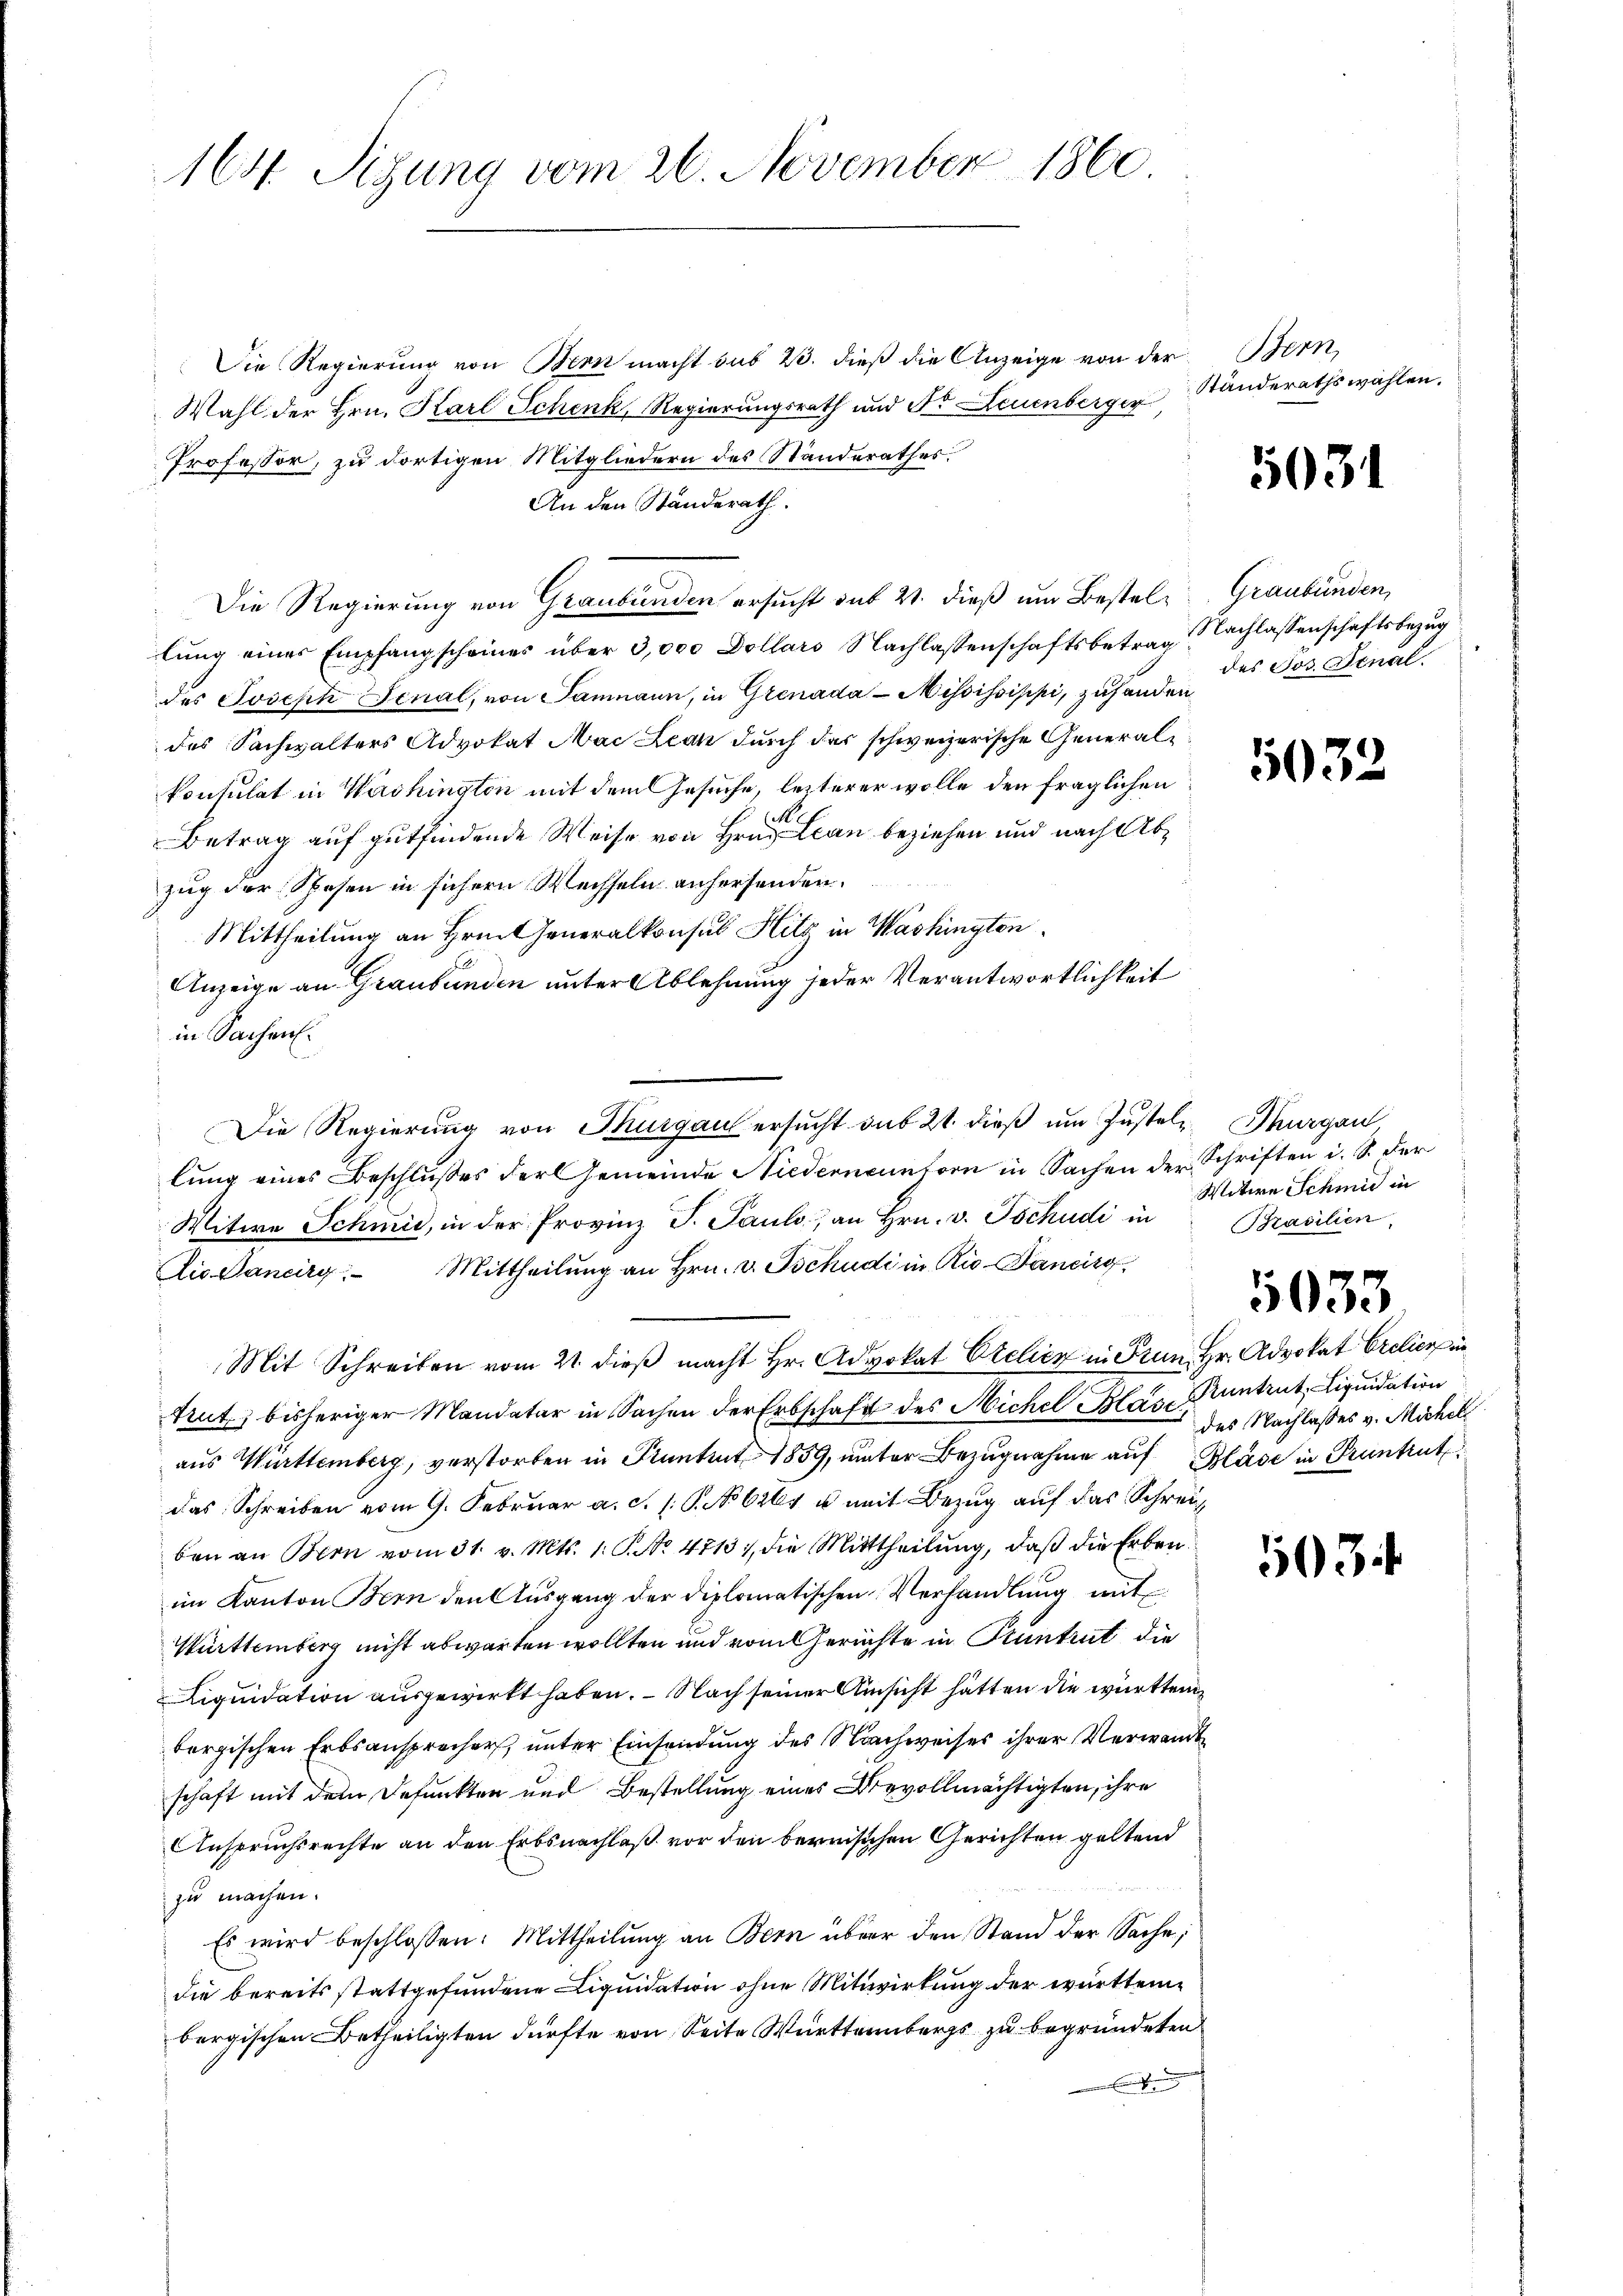
164. Sigung vom 26. November 1860.

Die Regierung von Bern macht sub 23. dieß die Anzeige von der Bern,
Wahl der Hrn. Karl Schenk, Regierungsrath und Dr. Leuenberger
Professor, zu dortigen Mitgliedern des Standerathes.
An den Standerath.
Die Regierung von Graubünden ersucht sub 21. dieß um Bestellung eines Empfangscheines über 3,000 Dollars Nachlassenschaftsbetrag Nachlassenschaftsbezug
des Joseph Jenal, von Baumann, in Grenada - Mississippi, zuhanden
des Sachwalters Advokat Mac Leak durch der schweizerische Generale
konsulat in Washingten mit dem Gesuche, letzterer wolle den fraglichen
M
Betrag auf gutfindende Weise von Hrn. Lean beziehen und nach Abzug der Spesen in sichern Wechseln anhersenden.
Mittheilung an Hrn. Generalkonsul Hitz in Washington
Anzeige an Graubünden unter Ablehnung jeder Verantwortlichkeit
in Sachen.
Die Regierung von Thurgau ersucht sub 21. dieß um Zustel- Thurgau
lung eines Beschlußes der Gemeinde Niederneunforn in Sachen der Schriften i. S. der
Witwe Schmid, in der Provinz T. Pauls, an Hrn. v. Tschudi in Brasilien,
Aic. Dancirg. Mittheilŭng an Hrn. v. Tschudi in Rio Bancisg
Mit Schreiben vom 21. dieß macht Hr. Advokat Otelien in Frun Hr. Advokat Cretierpir
trut, bisheriger Mandatar in Sachen der Erbschaft des Michel Blase Kuntrut, Liquidation
aus Württemberg, verstorben in Kuntent 1859, unter Bezugnahme auf Blase in Pruntrut
das Schreiben vom 9. Februar a. c. s. S. No 621 u. mit Bezug auf das Schreiz
ben an Bern vom 31. v. Mts. 1. P. No. 4713., die Mittheilung, daß die Erben
im Kanton Bern den Ausgang der diplomatischen Verhandlung mit
Württemberg nicht abwarten wollten und vom Gerichte in Pruntrut die
Liquidation ausgewirkt haben. — Nach seiner Ansicht hätten die württem
bergischen Erbsansprecher, unter Einsendung des Nachweises ihrer Verwandte
schaft mit dem defunkten und Bestellung eines Bevollmächtigten, ihre
Anspruchsrechte an den Erbsnachlaß vor den bernischen Gerichten geltend
zu machen.
Es wird beschlossen: Mittheilung an Bern über den Stand der Sache;
die bereits stattgefundene Liquidation ohne Mitwirkung der württembergischen Betheiligten dürfte von Seite Württembergs zu begründeten
u

Ständerathswahlen.

5031

Graubünden,
des Jos. Final.

5032.

Witwe Schmid in

5033

des Nachlasses v. Michel

503